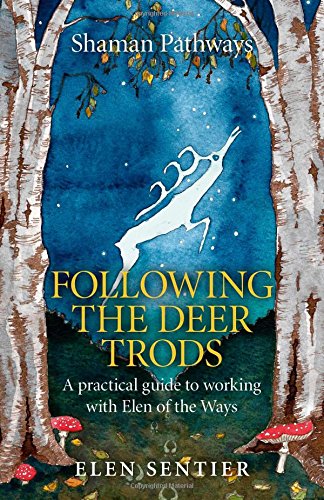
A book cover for Shaman Pathways - Following the Deer Trods: A Practical Guide to Working with Elen of the Ways; Elen Sentier; Religion & Spirituality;